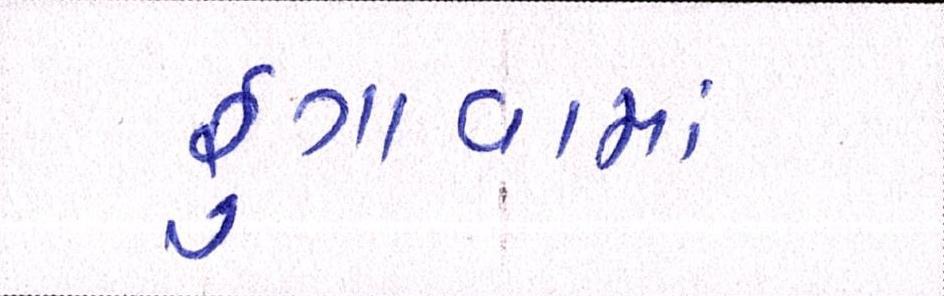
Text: ફુગાવામાં